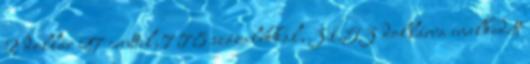
2 dollár 27 centtel, 7,78 százalékkal, 31,53 dollárra emelkedett